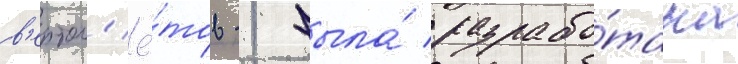
в'ертол'ё́тов -1 была́ разрабо́тана